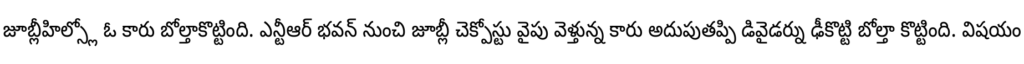
జూబ్లీహిల్స్లో ఓ కారు బోల్తాకొట్టింది. ఎన్టీఆర్ భవన్ నుంచి జూబ్లీ చెక్పోస్టు వైపు వెళ్తున్న కారు అదుపుతప్పి డివైడర్ను ఢీకొట్టి బోల్తా కొట్టింది. విషయం